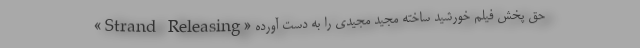
«Strand Releasing» حق پخش فیلم خورشید ساخته مجید مجیدی را به دست آورده